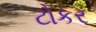
ટોકર